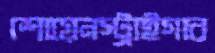
শোয়েনস্ট্রাইগার